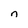
Character: n